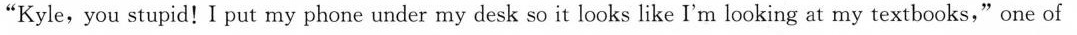
"Kyle, you stupid!I put my phone under my desk so it looks like I'm looking at my textbooks,"one of